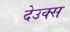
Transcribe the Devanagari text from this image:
देउक्स